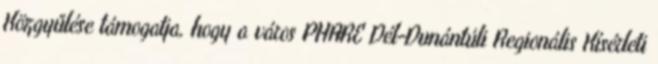
Közgyűlése támogatja, hogy a város PHARE Dél-Dunántúli Regionális Kísérleti